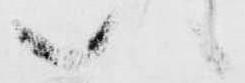
い